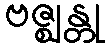
ဗဇ္ဈန္တု